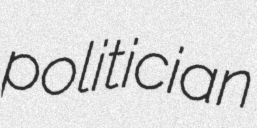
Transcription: politician